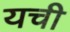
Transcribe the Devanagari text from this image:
यची